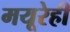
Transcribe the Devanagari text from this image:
मयूरेही